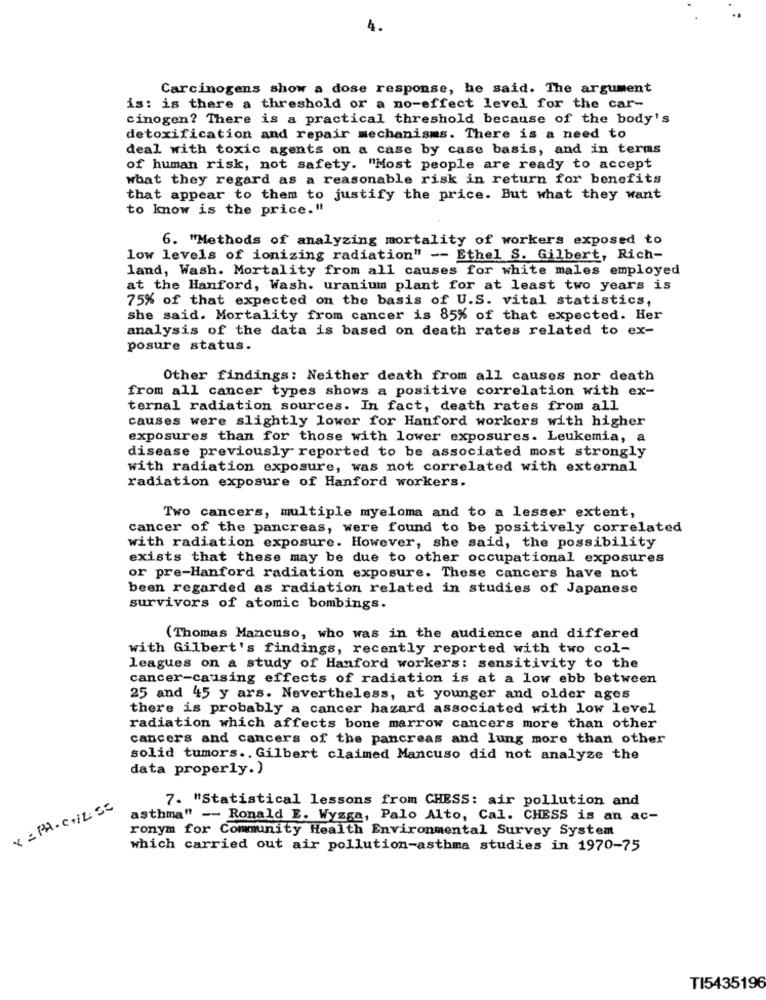
4.
Carcinogens show a dose response, he said. The argument
is: is there a threshold or a no-effect level for the car-
cinogen? There is a practical threshold because of the body's
detoxification and repair mechanisms. There is a need to
deal with toxic agents on a case by case basis, and in terms
of human risk, not safety. "Most people are ready to accept
what they regard as a reasonable risk in return for benefits
that appear to them to justify the price. But what they want
to know is the price."
6. "Methods of analyzing mortality of workers exposed to
low levels of ionizing radiation" -- Ethel S. Gilbert, Rich-
land, Wash. Mortality from all causes for white males employed
at the Hanford, Wash. uranium plant for at least two years is
75% of that expected on the basis of U.S. vital statistics,
she said. Mortality from cancer is 85% of that expected. Her
analysis of the data is based on death rates related to ex-
posure status.
Other findings: Neither death from all causes nor death
from all cancer types shows a positive correlation with ex-
ternal radiation sources. In fact, death rates from all
causes were slightly lower for Hanford workers with higher
exposures than for those with lower exposures. Leukemia, a
disease previously reported to be associated most strongly
with radiation exposure, was not correlated with external
radiation exposure of Hanford workers.
Two cancers, multiple myeloma and to a lesser extent,
cancer of the pancreas, were found to be positively correlated
with radiation exposure. However, she said, the possibility
exists that these may be due to other occupational exposures
or pre-Hanford radiation exposure. These cancers have not
been regarded as radiation related in studies of Japanese
survivors of atomic bombings.
(Thomas Mancuso, who was in the audience and differed
with Gilbert's findings, recently reported with two col-
leagues on a study of Hanford workers: sensitivity to the
cancer-causing effects of radiation is at a low ebb between
25 and 45 y ars. Nevertheless, at younger and older ages
there is probably a cancer hazard associated with low level
radiation which affects bone marrow cancers more than other
cancers and cancers of the pancreas and lung more than other
solid tumors .. Gilbert claimed Mancuso did not analyze the
data properly.)
7. "Statistical lessons from CHESS: air pollution and
x = PH. C+IL SE
asthma" -- Ronald E. Wyzga, Palo Alto, Cal. CHESS is an ac-
ronym for Community Health Environmental Survey System
which carried out air pollution-asthma studies in 1970-75
TI5435196